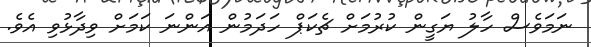
ނަމަވެސް ހާލު ޔަގީން ކުރުމަށް ޗެކަޕް ހަދަމުން އަންނަ ކަމަށް ވިދާޅުވި އެވެ.